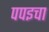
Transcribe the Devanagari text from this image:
पपइचा